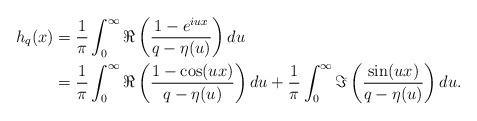
LaTeX: \begin{align*}h_q(x)&=\frac{1}{\pi}\int^\infty_0 \Re\left(\frac{1-e^{iux}}{q-\eta(u)}\right)du\\&=\frac{1}{\pi}\int^\infty_0 \Re\left(\frac{1-\cos(ux)}{q-\eta(u)}\right)du+\frac{1}{\pi}\int^\infty_0 \Im\left(\frac{\sin(ux)}{q-\eta(u)}\right)du.\end{align*}